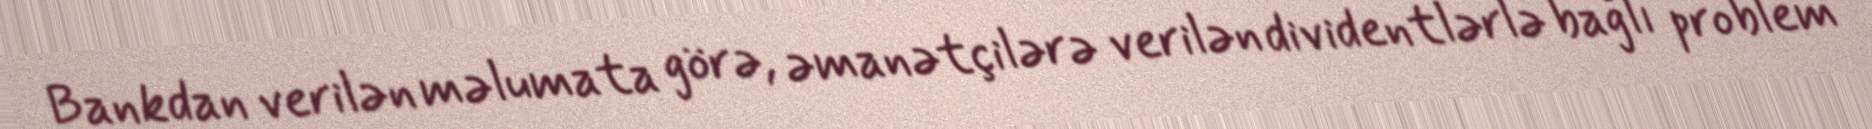
Bankdan verilən məlumata görə, əmanətçilərə verilən dividentlərlə bağlı problem